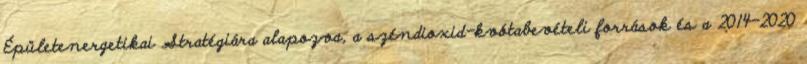
Épületenergetikai Stratégiára alapozva, a széndioxid-kvótabevételi források és a 2014-2020